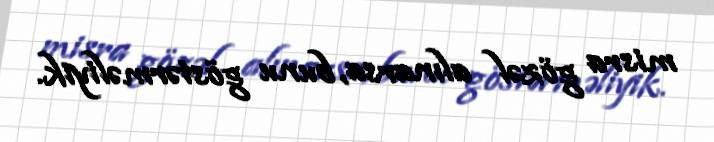
misra gözəl alınarsa, bunu göstərməliyik.